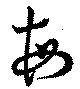
毎